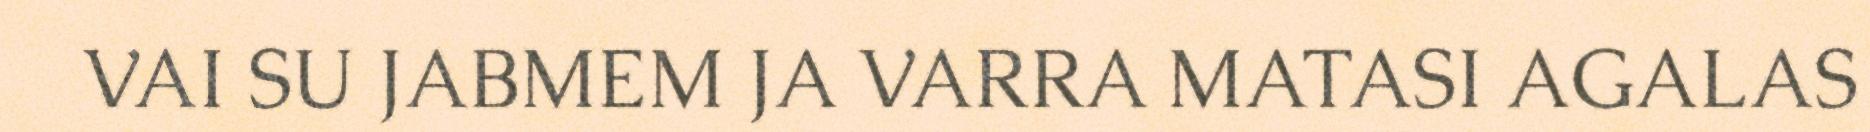
VAI SU JABMEM JA VARRA MATASI AGALAS